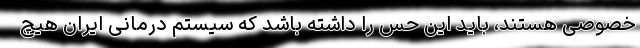
خصوصی هستند، باید این حس را داشته باشد که سیستم درمانی ایران هیچ